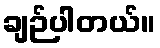
ချဉ်ပါတယ်။